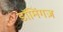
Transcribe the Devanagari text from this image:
डॉमिंगज़